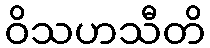
ဝိသဟသီတိ